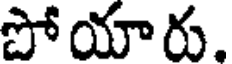
పోయారు.